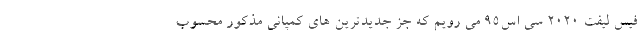
فیس لیفت 2020 سی اس95 می رویم که جز جدیدترین های کمپانی مذکور محسوب